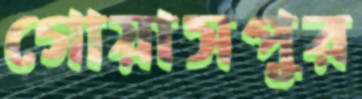
গোয়াসপুর